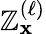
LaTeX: \mathbb{Z}_{\mathbf{{x}}}^{(\ell)}